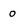
Character: 0